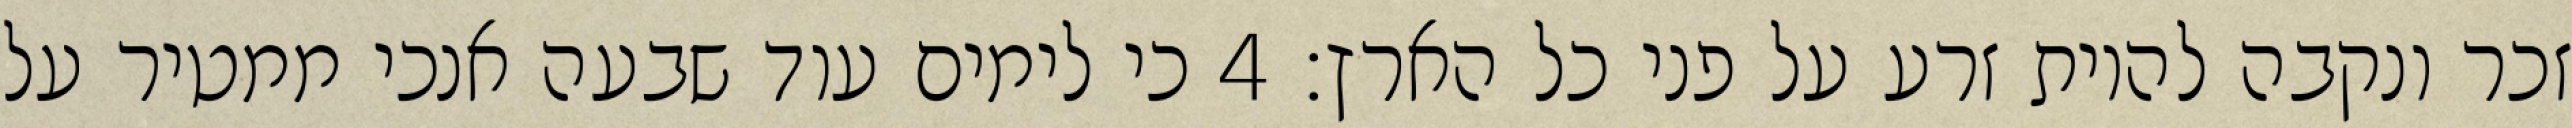
זכר ונקבה להיות זרע על פני כל הארץ׃ ‎4‏ כי לימים עוד שבעה אנכי ממטיר על